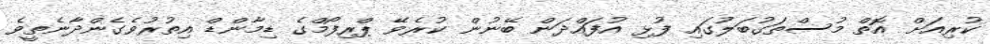
ކުރިއަށް އޮތް މުސްތަގުބަލުގައި ފުޅި އުފައްދަން ބޭނުން ކުރެވޭ ޕްރިފޯމްގެ ޑިމާންޑް އިތުރުވެގެންދާނެތީވެ